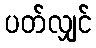
ပတ်လျှင်